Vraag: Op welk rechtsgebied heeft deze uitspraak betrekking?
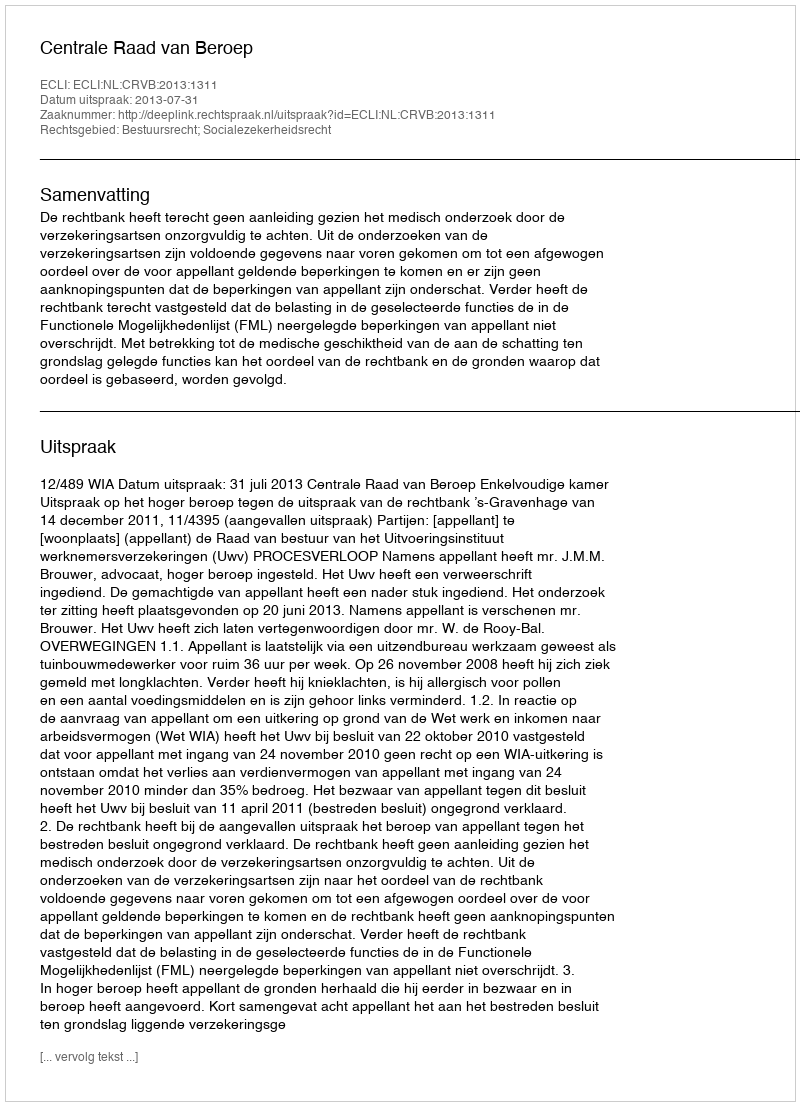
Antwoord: Bestuursrecht; Socialezekerheidsrecht